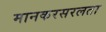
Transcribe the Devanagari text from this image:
मानकरसरलता